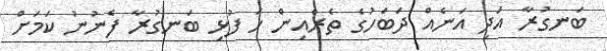
ބަނގުރާ އަދި އަނެއް ދަބަހުގެ ތެރެއިން ހަ ފުޅި ބަނގުރާ ފެނުނު ކަމަށް